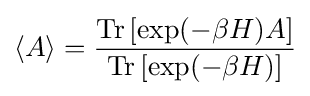
\langle A\rangle ={\frac {{\mbox{Tr}}\,[\exp(-\beta H)A]}{{\mbox{Tr}}\,[\exp(-\beta H)]}}